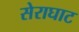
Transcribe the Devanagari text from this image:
सेराघाट